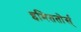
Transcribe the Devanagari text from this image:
इमिततोर्स्